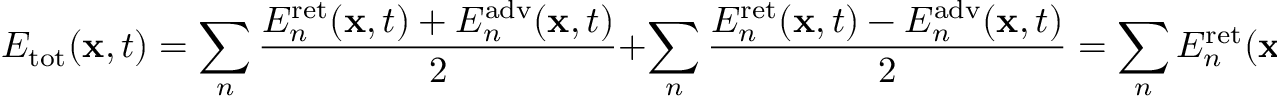
E _ { \mathrm { t o t } } ( \mathbf { x } , t ) = \sum _ { n } { \frac { E _ { n } ^ { \mathrm { r e t } } ( \mathbf { x } , t ) + E _ { n } ^ { \mathrm { a d v } } ( \mathbf { x } , t ) } { 2 } } + \sum _ { n } { \frac { E _ { n } ^ { \mathrm { r e t } } ( \mathbf { x } , t ) - E _ { n } ^ { \mathrm { a d v } } ( \mathbf { x } , t ) } { 2 } } = \sum _ { n } E _ { n } ^ { \mathrm { r e t } } ( \mathbf { x } , t ) .